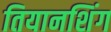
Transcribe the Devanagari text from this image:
तियानशिंग